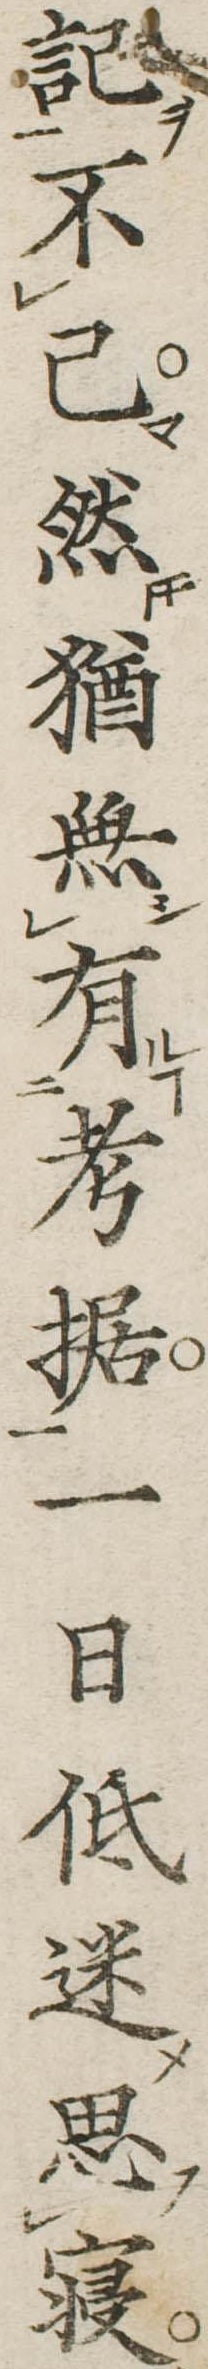
記不已然猶無有考据一日低迷思寝